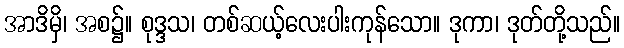
အာဒိမှိ၊ အစ၌။ စုဒ္ဒသ၊ တစ်ဆယ့်လေးပါးကုန်သော။ ဒုကာ၊ ဒုတ်တို့သည်။